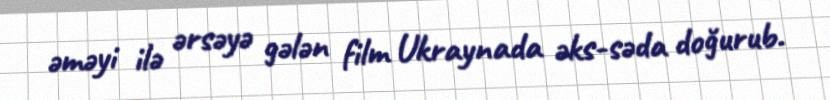
əməyi ilə ərsəyə gələn film Ukraynada əks-səda doğurub.